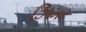
ઝિમર